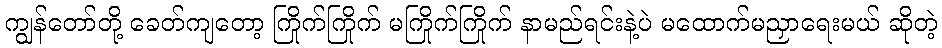
ကျွန်တော်တို့ ခေတ်ကျတော့ ကြိုက်ကြိုက် မကြိုက်ကြိုက် နာမည်ရင်းနဲ့ပဲ မထောက်မညှာရေးမယ် ဆိုတဲ့